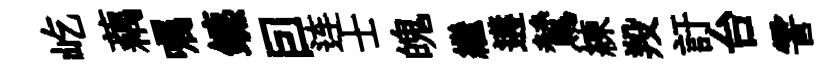
屹藕嘱鑣囙连士魄繼遘鷥練羖訏台霅